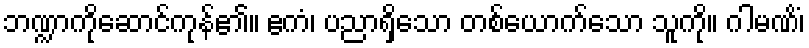
ဘဏ္ဍာကိုဆောင်ကုန်၏။ ဧကံ၊ ပညာရှိသော တစ်ယောက်သော သူကို။ ဂါမဏိံ၊